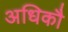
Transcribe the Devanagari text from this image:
अधिकौ